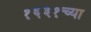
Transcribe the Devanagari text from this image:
१६३१च्या